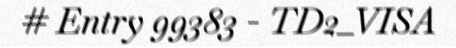
# Entry 99383 - TD2_VISA